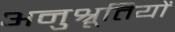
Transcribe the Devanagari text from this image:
अनुश्रूतियों